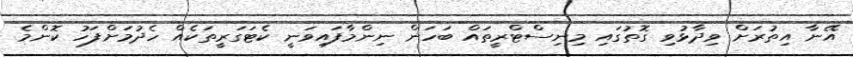
އޭނާ އިތުރަށް ވިދާޅުވި ގޮތުގައި މިނިސްޓްރީތައް ބަހަން ނިންމާފައިވަނީ ކެޓަގަރީތަކެއް ހެދުމަށްފަހު ކޮންމެ